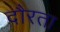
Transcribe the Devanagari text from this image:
दौरता